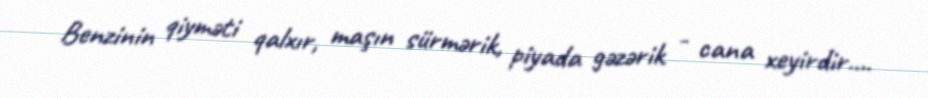
Benzinin qiyməti qalxır, maşın sürmərik, piyada gəzərik - cana xeyirdir....